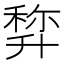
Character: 𠦿